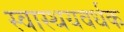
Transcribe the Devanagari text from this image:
स्वास्थयवर्धक